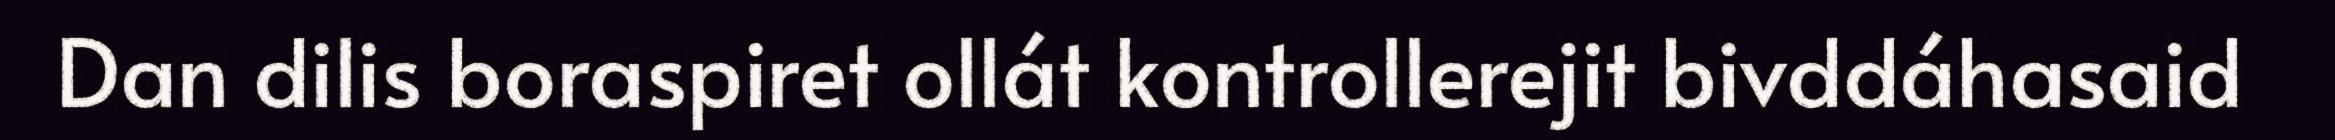
Dan dilis boraspiret ollát kontrollerejit bivddáhasaid